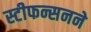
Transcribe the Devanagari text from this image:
स्टीफन्सनने